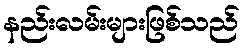
နည်းလမ်းများဖြစ်သည်